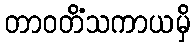
တာဝတိံသကာယမှိ